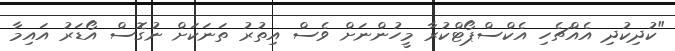
"ކުދިކުދި އެއްޗެހި އެކްސްޕޯޓްކުރާ މީހުންނަށް ވެސް އިތުރު ތަނަކަށް ނުގޮސް އޯޑަރު އައިމާ